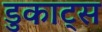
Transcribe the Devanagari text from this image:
डुकाट्स